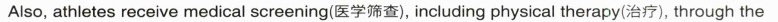
Also, athletes receive medical screening(医学筛查), including physical therapy(治疗), through the